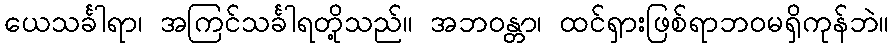
ယေသင်္ခါရာ၊ အကြင်သင်္ခါရတို့သည်။ အဘဝန္တာ၊ ထင်ရှားဖြစ်ရာဘဝမရှိကုန်ဘဲ။